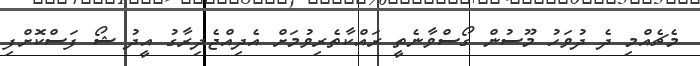
މެޗެއްމި ދެ ދުވަހު މޫސުން ގޯސްވާނެތީ ރައްކާތެރިވުމަށް އެދިއްޖެދިރާގު އީދު ޝޯ ފަސްކޮށްފި